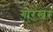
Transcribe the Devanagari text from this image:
गोरखर